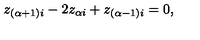
z _ { ( \alpha + 1 ) i } - 2 z _ { \alpha i } + z _ { ( \alpha - 1 ) i } = 0 ,